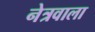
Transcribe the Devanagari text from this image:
नेत्रवाला